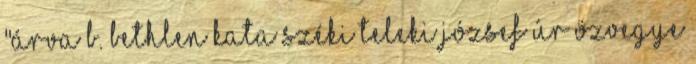
"Árva B. Bethlen Kata Széki Teleki József úr özvegye